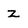
Character: z